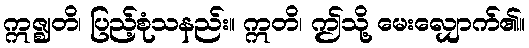
ဣဇ္ဈတိ၊ ပြည့်စုံသနည်း။ ဣတိ၊ ဤသို့ မေးလျှောက်၏။